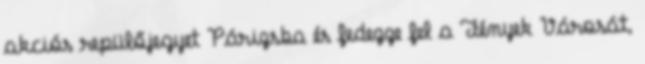
akciós repülőjegyet Párizsba és fedezze fel a Fények Városát,